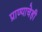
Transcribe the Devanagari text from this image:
प्राण्याचेही